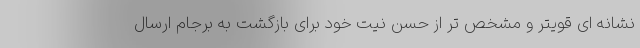
نشانه ای قویتر و مشخص تر از حسن نیت خود برای بازگشت به برجام ارسال